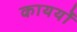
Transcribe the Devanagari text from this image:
कायर्यों